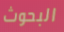
البحوث